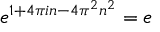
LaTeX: e ^ { 1 + 4 \pi i n - 4 \pi ^ { 2 } n ^ { 2 } } = e \qquad